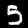
Digit: 5